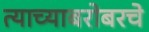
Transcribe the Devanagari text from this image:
त्याच्याबरोबरचे